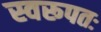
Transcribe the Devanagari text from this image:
स्वरूपतः